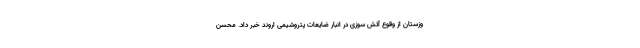
وزستان از وقوع آتش سوزی در انبار ضایعات پتروشیمی اروند خبر داد. محسن